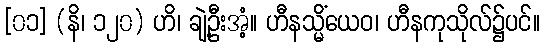
[၀၁] (နိ၊ ၁၂၀) ဟိ၊ ချဲ့ဦးအံ့။ ဟီနသ္မိံယေဝ၊ ဟီနကုသိုလ်၌ပင်။